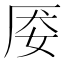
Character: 𰋽